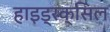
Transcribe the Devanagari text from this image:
हाइड्रक्सिल